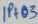
Text: IP+03